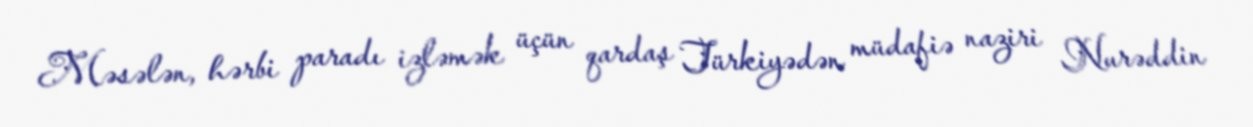
Məsələn, hərbi paradı izləmək üçün qardaş Türkiyədən müdafiə naziri Nurəddin